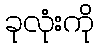
ခုလုံးကို